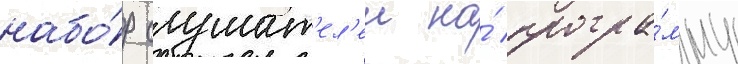
набо́р слушат'ел'еи на́ програ́мму